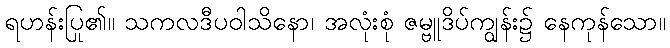
ရဟန်းပြု၏။ သကလဒီပဝါသိနော၊ အလုံးစုံ ဇမ္ဗူဒိပ်ကျွန်း၌ နေကုန်သော။